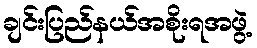
ချင်းပြည်နယ်အစိုးရအဖွဲ့